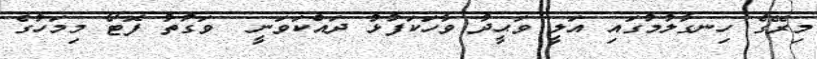
މިރޭގެ ހިނގާލުމުގައި އަލީ ވަޙީދު ވާހަކަފުޅު ދައްކަވަނީ  ވަގުތު ފޮޓޯ މިމަހުގެ